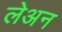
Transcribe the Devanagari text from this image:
लेअन